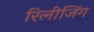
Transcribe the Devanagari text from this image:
रिलीजिंग